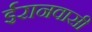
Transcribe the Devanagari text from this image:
ईरानवासी